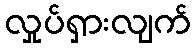
လှုပ်ရှားလျက်